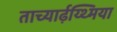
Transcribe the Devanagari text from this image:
ताच्यार्ढ़य्थ्मिया